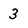
Character: 3